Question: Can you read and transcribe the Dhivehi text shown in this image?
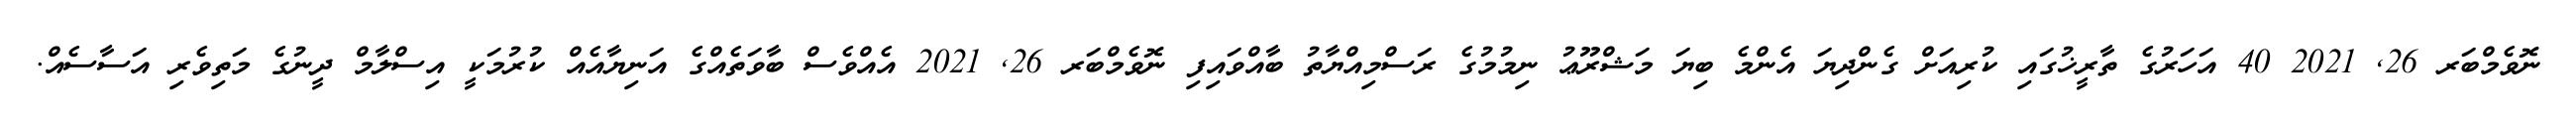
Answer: ނޮވެމްބަރ 26, 2021 40 އަހަރުގެ ތާރީޚުގައި ކުރިއަށް ގެންދިޔަ އެންމެ ބިޔަ މަޝްރޫޢު ނިމުމުގެ ރަސްމިއްޔާތު ބާއްވައިފި ނޮވެމްބަރ 26, 2021 އެއްވެސް ބާވަތެއްގެ އަނިޔާއެއް ކުރުމަކީ އިސްލާމް ދީނުގެ މަތިވެރި އަސާސެއް.